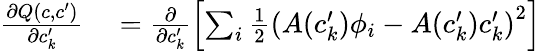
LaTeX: \begin{array}{rl}{\frac{\partial Q(c,c^{\prime})}{\partial c_{k}^{\prime}}}&{{}=\frac{\partial}{\partial c_{k}^{\prime}}\left[\sum_{i}\frac{1}{2}\left(A(c_{k}^{\prime})\phi_{i}-A(c_{k}^{\prime})c_{k}^{\prime}\right)^{2}\right]}\end{array}